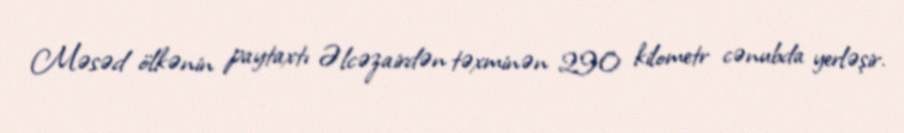
Məsəd ölkənin paytaxtı Əlcəzairdən təxminən 290 kilometr cənubda yerləşir.